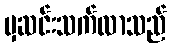
မှဆင်းသက်လာသည်